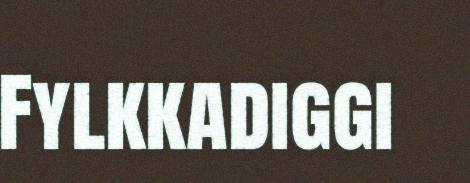
Fylkkadiggi